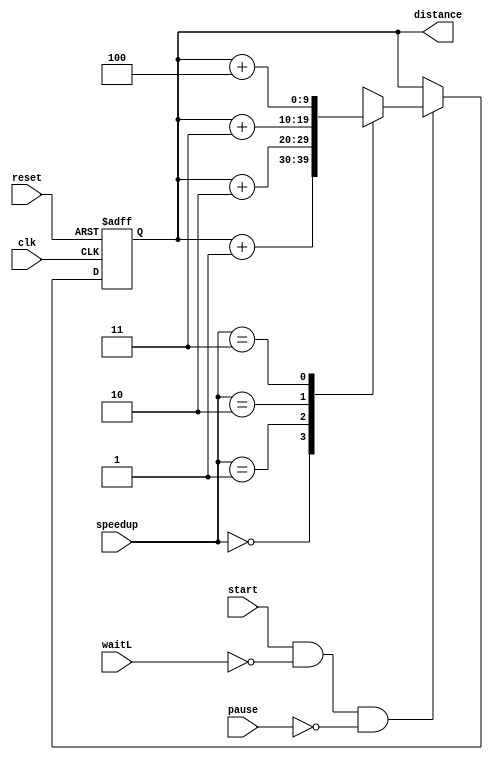
// 

// 
module Distance(
    input wire clk,         // 
    input wire reset,       // 
    input wire start,       // 
    input wire [1:0] speedup,    // 2
    input wire waitL,       // 
    input wire pause,       // 
    output reg [9:0] distance   // 10
);
    initial begin distance = 10'b0; end    // 0

    // always 
    always @(posedge reset or posedge clk)  //  reset  clk 
        begin
            if(reset)       //  reset 10
                begin
                    distance <= 10'd0;      // 
                end
            else if(start && !waitL && !pause)   //  start 1waitL  pause 0
                begin
                    case(speedup)   // 
                        2'b0_0: begin distance <= distance + 10'd1; end    // speedup=001
                        2'b0_1: begin distance <= distance + 10'd2; end    // speedup=012
                        2'b1_0: begin distance <= distance + 10'd3; end    // speedup=103
                        2'b1_1: begin distance <= distance + 10'd4; end    // speedup=114
                    endcase
                end         
        end
endmodule